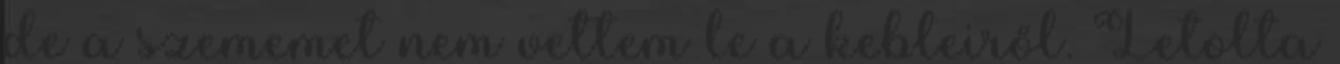
de a szememet nem vettem le a kebleiről. Letolta